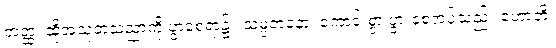
တတ္ထ၊ ထိုအသုတသညာကို ပွာစေရာ၌။ သမ္ပဇာနော၊ ကောင်းစွာ ပွားစေအပ်သည်။ ဟောတိ၊